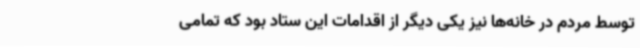
توسط مردم در خانه‌ها نیز یکی دیگر از اقدامات این ستاد بود که تمامی